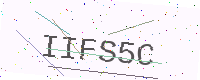
Text: IIFS5C